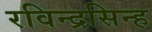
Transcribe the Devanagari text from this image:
रविन्द्रसिन्ह